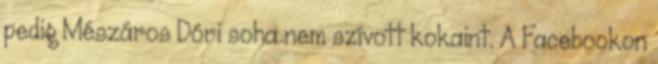
pedig Mészáros Dóri soha nem szívott kokaint. A Facebookon